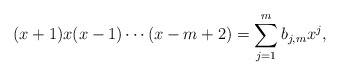
\begin{align*}(x+1)x(x-1)\cdots(x-m+2)=\sum_{j=1}^m b_{j,m}x^j,\end{align*}